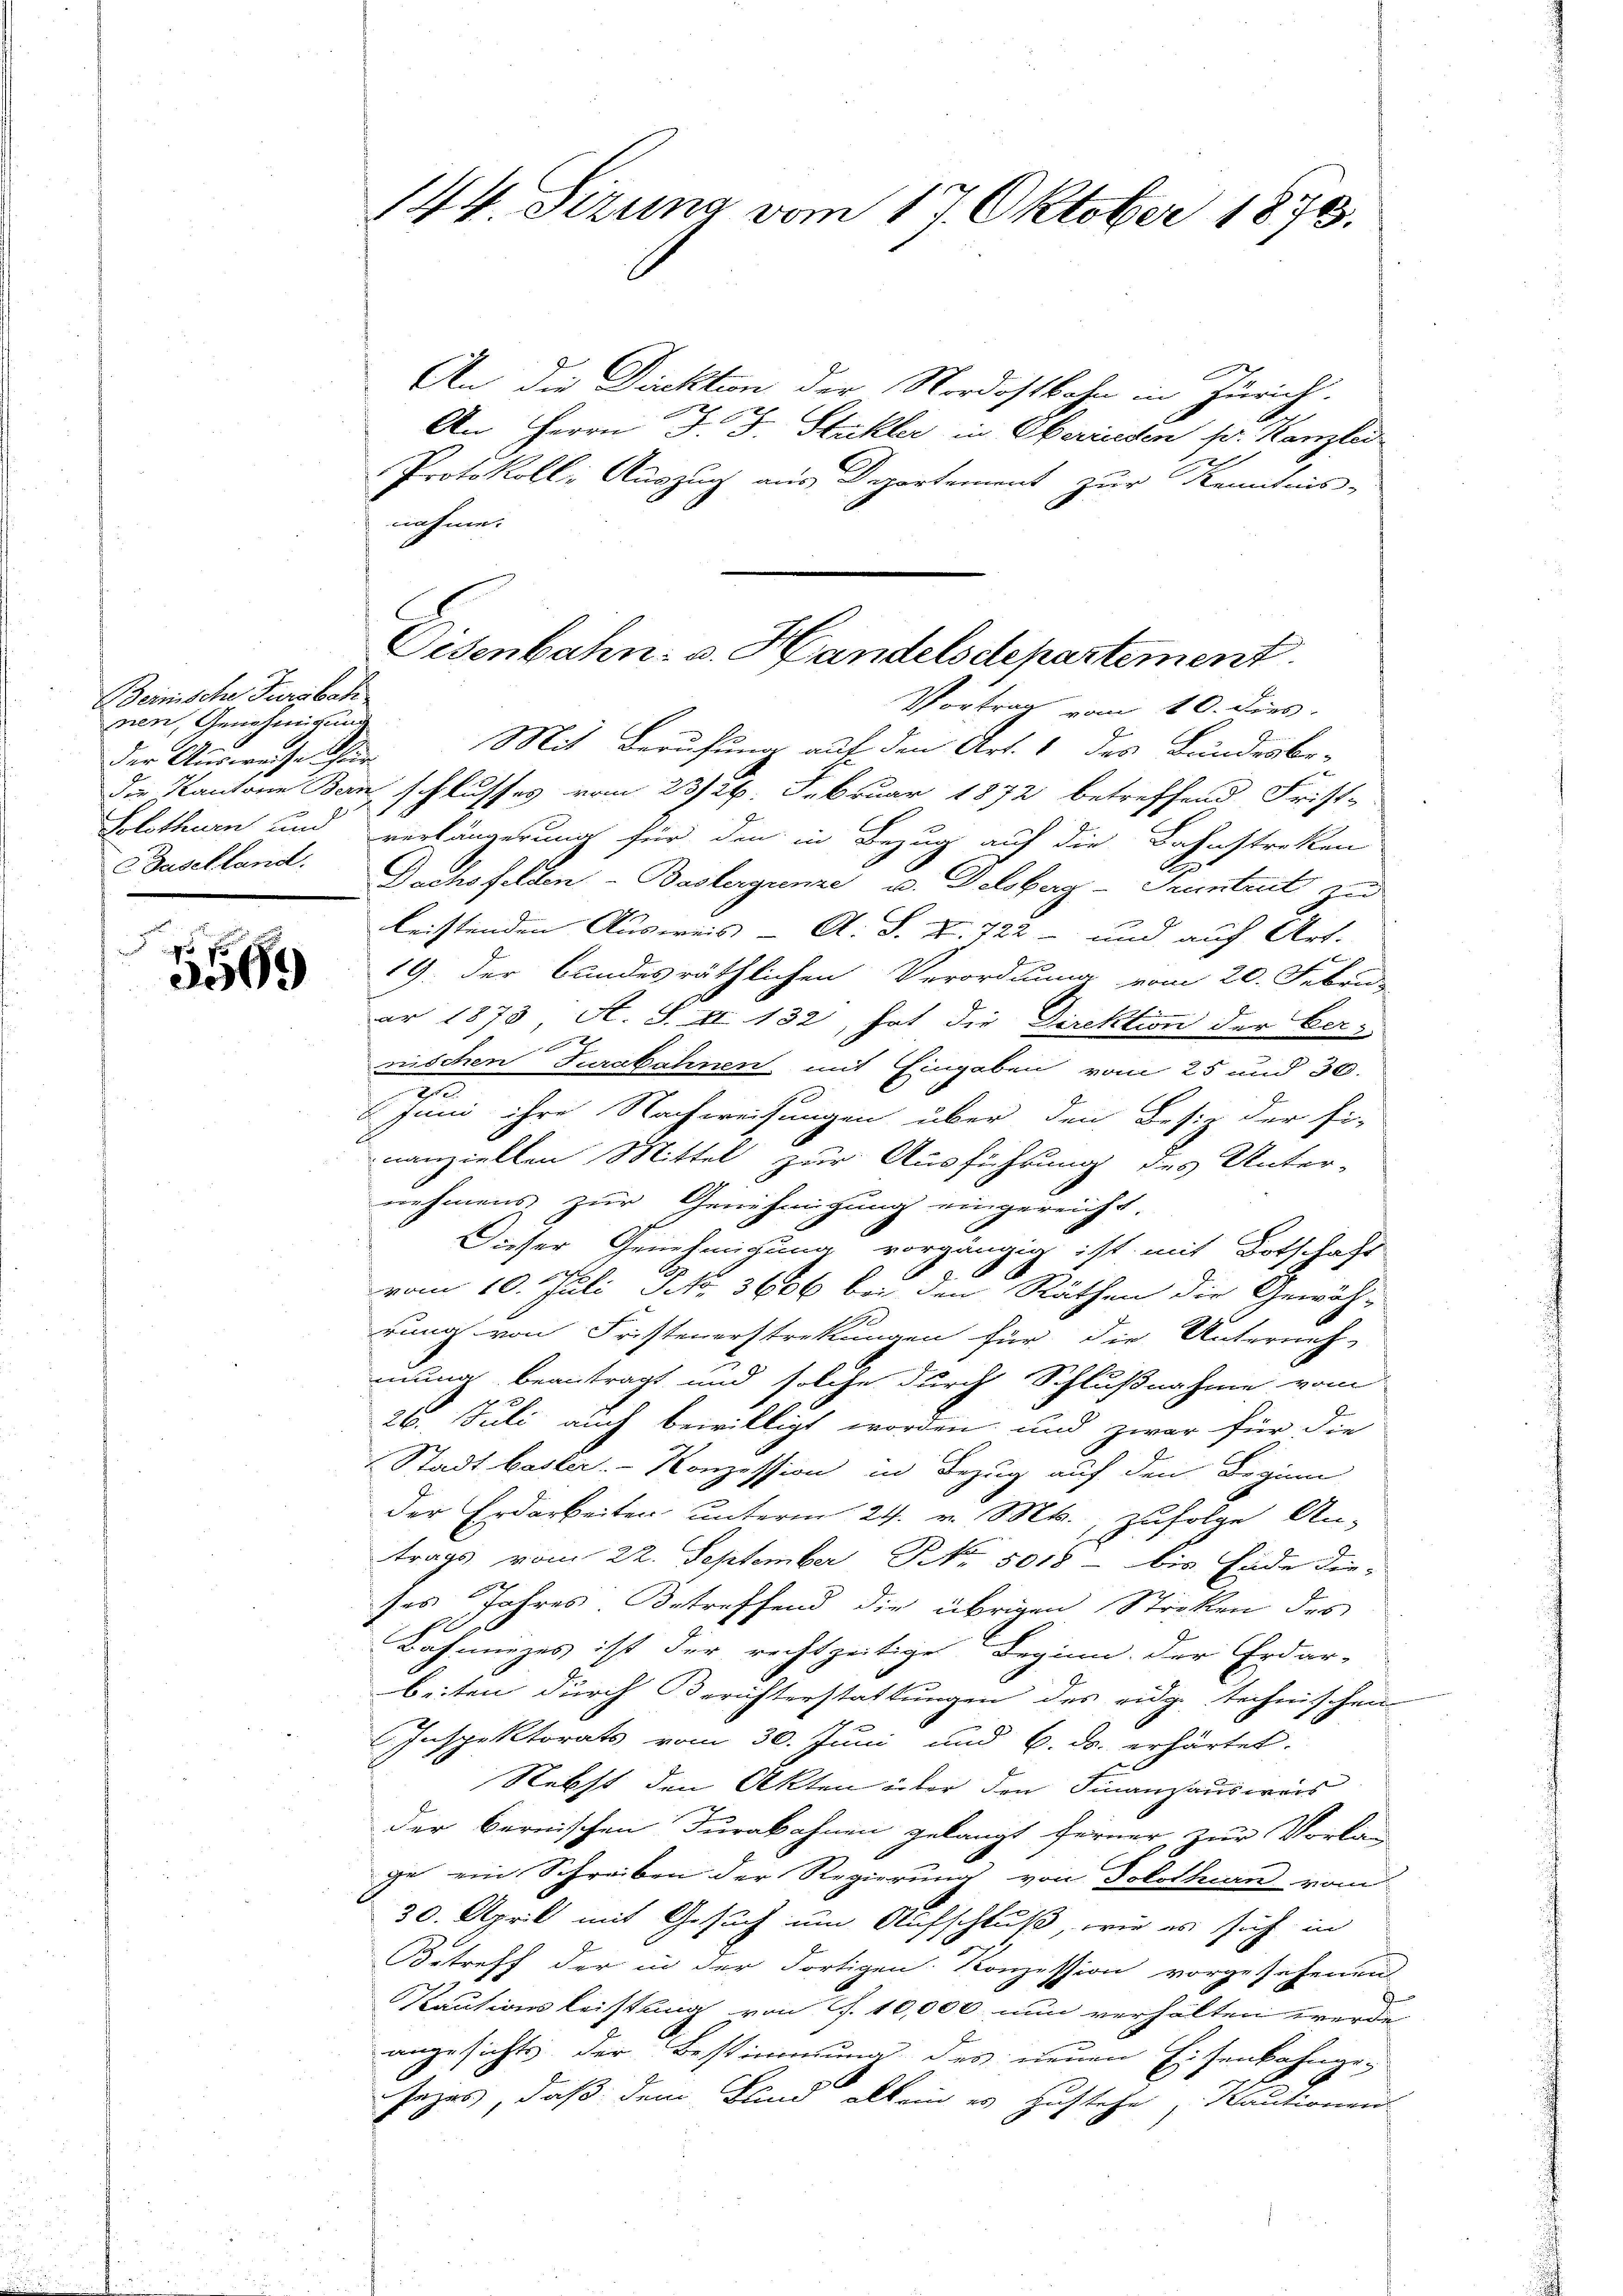
Beinische Fardbah
nen, Genehmigung
der Ausweise für
der Kantone Bern
Solothurn und
Baselland.

5569

144 Sizung vom 17. Oktober 1873.

Disenbahn. v. Handelsdepartement.

An die Direktion der Nordostbahn in Zürich.
An Herrn J. J. Stukler in Oberireden pr. Kanzlei-
Protokoll: Auszug aus Departement zur Kenntnis-
nahme.
Vortrag vom 10. dies
Mit Berufung auf den Art. 1 des Bundesbe-
schlusses vom 23/26. Februar 1872 betreffend Frist-
verlängerung für den in Bezug auf die Bahnstreken
B
Dachsfelden-Baskergunge u. Delsberg-Pruntrut zu
.
leistenden Ausweis = A. S. X. 722 - und auf Art.
19. der bundesräthlichen Verordnung vom 20. Febru
ar 1873 A. S. II 132, hat die Direktion der Ver-
2
nischen Jurabahnen, mit Eingaben vom 25 und 30.
2
Juni ihre Nachweisungen über den Besiz der Fi-
nanziellen Mittel zur Ausführung des Unter-
nehmens zur Genehmigung eingereicht.
Dieser Genehmigung vorgängig ist mit Botschaft
x
vom 10. Juli N. 3606 bei den Räthen die Gewäh-
rung von Fristenerstrekungen für die Unterneh-
nung beantragt und solche durch Schlußnahme vom
26. Juli auch bewilligt worden und zwar für die
Stadt bester- Konzession in Bezug auf den Beginn
der Erdarbeiten unterm 24. v. Mts., zufolge An-
trags vom 22. September Nr. 5018 - bis Ende die-
ses Jahres. Betreffend die übrigen Striken des
6
Bahnnezes ist der rechtzeitige Beginn der Erdar-
beiten durch Berichterstattungen des eidg technischen
Inspektorats vom 30. Juni und 6. ds. erhärtet.
Nebst den Akten über den Finanzausweis
der Bernischen Jurabahnen gelangt ferner, zur Vorla-
ge ein Schreiben der Regierung von Solothurn vom
30. April mit Gesuch um Aufschluß, wie es sich in
Betreff der in der Fortigen Konzession vorgesehenen
Kautionsleistung von f. 10,000 nun verhalten werde
angesichts der Bestimmung des neuen Eisenbahnge-
sezes, daß dem Bund allein es zustehe, Kautionen